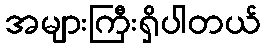
အများကြီးရှိပါတယ်